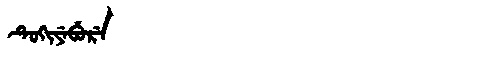
Manchu: ᡨᡠᡴᡳᠶᡝᠪᡠᡵᡝ
Romanization: TUKIYEBURE